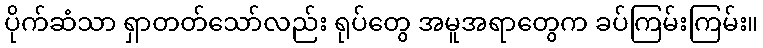
ပိုက်ဆံသာ ရှာတတ်သော်လည်း ရုပ်တွေ အမူအရာတွေက ခပ်ကြမ်းကြမ်း။